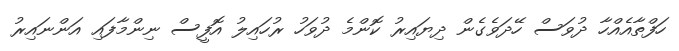
ހަފްތާއެއްހާ ދުވަސް ހޭދަވެގެން ދިޔައިރު ކޮންމެ ދުވަހު ރުހައިލު އޮފީސް ނިންމާފައި އަންނައިރު